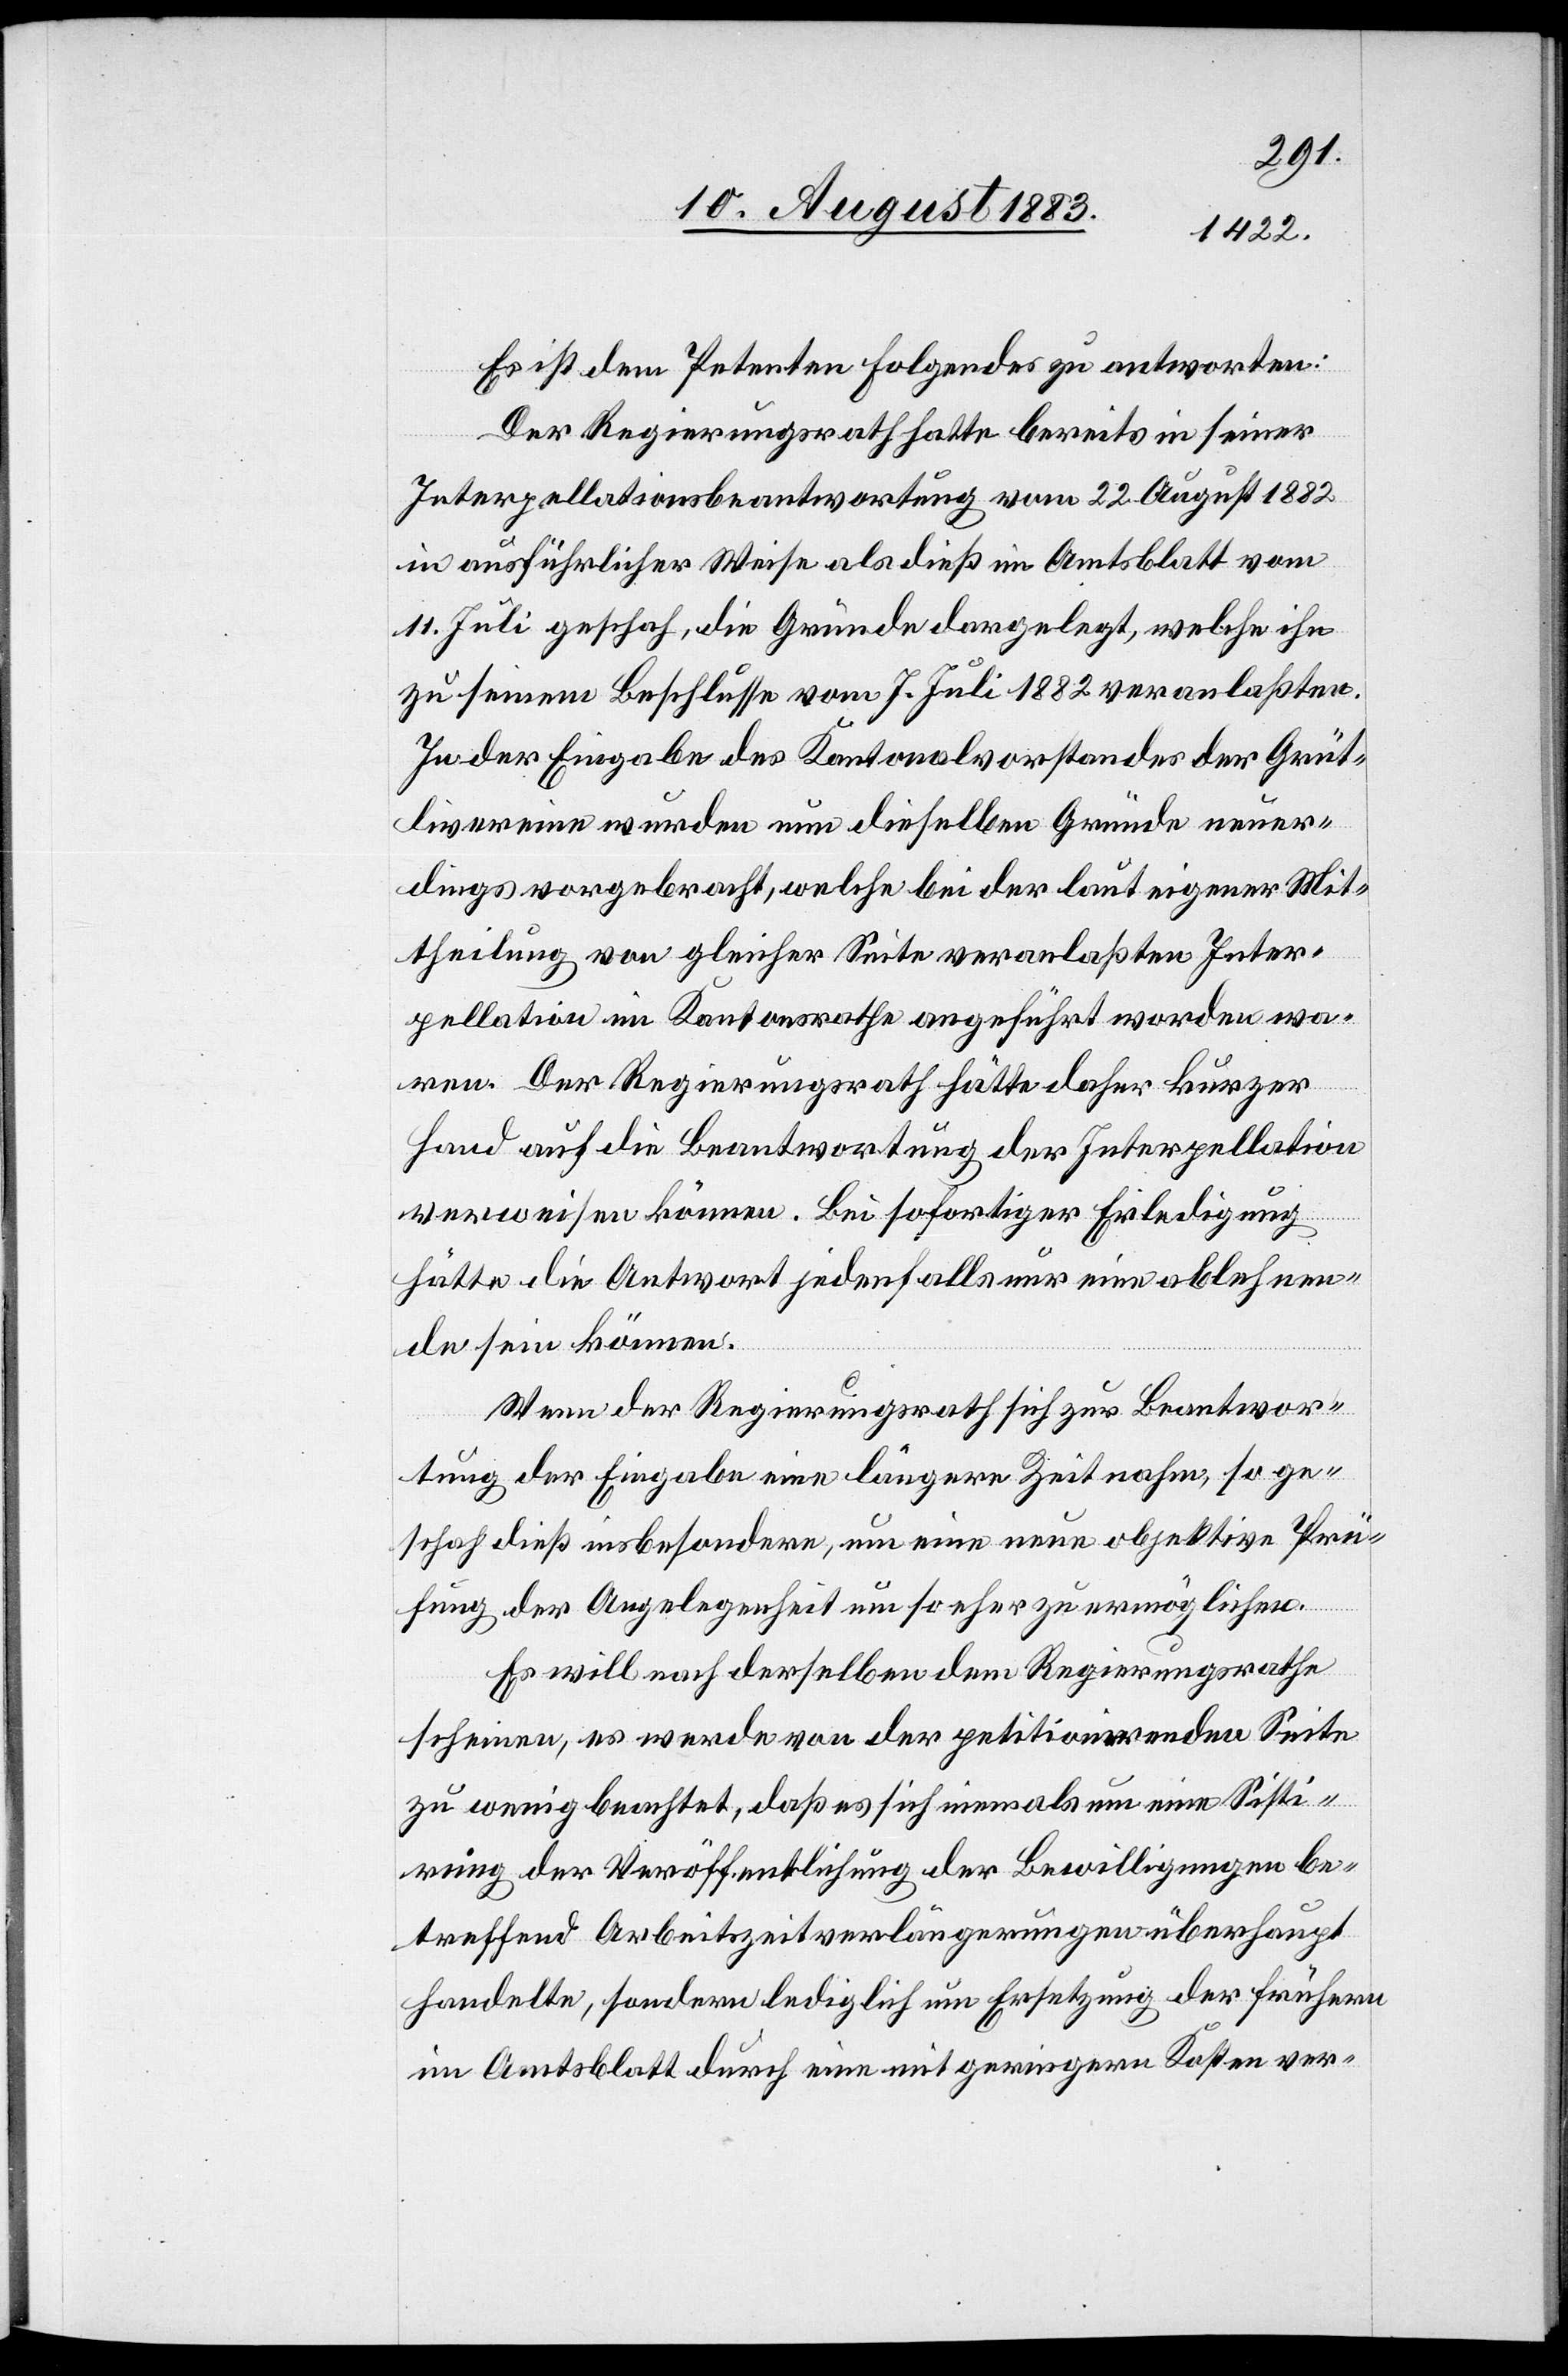
Es ist dem Petenten Folgendes zu antworten:
Der Regierungsrath hatte bereits in seiner
Interpellationsbeantwortung vom 22. August 1882
in ausführlicherer Weise als dieß im Amtsblatt vom
11. Juli geschah, die Gründe dargelegt, welche ihn
zu seinem Beschlusse vom 7. Juli 1882 veranlaßten.
In der Eingabe des Kantonalvorstandes der Grüt¬
livereine wurden nun dieselben Gründe neuer¬
dings vorgebracht, welche bei der laut eigener Mit¬
theilung von gleicher Seite veranlaßten Inter¬
pellation im Kantonsrathe angeführt worden wa¬
ren. Der Regierungsrath hätte daher kurzer
Hand auf die Beantwortung der Interpellation
verweisen können. Bei sofortiger Erledigung
hätte die Antwort jedenfalls nur eine ablehnen¬
de sein können.
Wenn der Regierungsrath sich zur Beantwor¬
tung der Eingabe eine längere Zeit nahm, so ge¬
schah dieß insbesondere, um eine neue objektive Prü¬
fung der Angelegenheit um so eher zu ermöglichen.
Es will nach derselben dem Regierungsrathe
scheinen, es werde von der petitionirenden Seite
zu wenig beachtet, daß es sich niemals um eine Sisti¬
rung der Veröffentlichung der Bewilligungen be¬
treffend Arbeitszeitverlängerungen überhaupt
handelte, sondern lediglich um Ersetzung der frühern
im Amtsblatt durch eine mit geringeren Kosten ver-